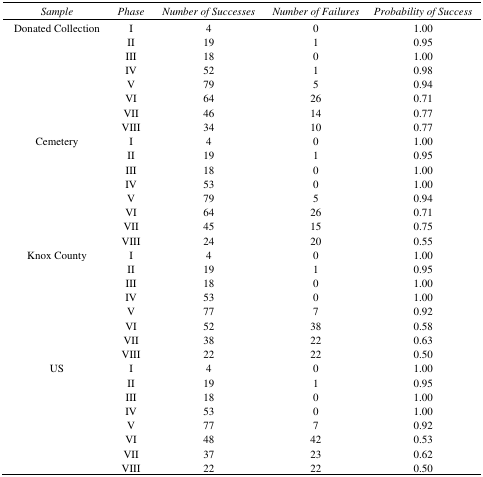
| Sample | Phase | Number of Successes | Number of Failures | Probability of Success |
 | --- | --- | --- | --- | --- |
 | Donated Collection | I | 4 | 0 | 1.00 |
 |  | II | 19 | 1 | 0.95 |
 |  | III | 18 | 0 | 1.00 |
 |  | IV | 52 | 1 | 0.98 |
 |  | V | 79 | 5 | 0.94 |
 |  | VI | 64 | 26 | 0.71 |
 |  | VII | 46 | 14 | 0.77 |
 |  | VIII | 34 | 10 | 0.77 |
 | Cemetery | I | 4 | 0 | 1.00 |
 |  | II | 19 | 1 | 0.95 |
 |  | III | 18 | 0 | 1.00 |
 |  | IV | 53 | 0 | 1.00 |
 |  | V | 79 | 5 | 0.94 |
 |  | VI | 64 | 26 | 0.71 |
 |  | VII | 45 | 15 | 0.75 |
 |  | VIII | 24 | 20 | 0.55 |
 | Knox County | I | 4 | 0 | 1.00 |
 |  | II | 19 | 1 | 0.95 |
 |  | III | 18 | 0 | 1.00 |
 |  | IV | 53 | 0 | 1.00 |
 |  | V | 77 | 7 | 0.92 |
 |  | VI | 52 | 38 | 0.58 |
 |  | VII | 38 | 22 | 0.63 |
 |  | VIII | 22 | 22 | 0.50 |
 | US | I | 4 | 0 | 1.00 |
 |  | II | 19 | 1 | 0.95 |
 |  | III | 18 | 0 | 1.00 |
 |  | IV | 53 | 0 | 1.00 |
 |  | V | 77 | 7 | 0.92 |
 |  | VI | 48 | 42 | 0.53 |
 |  | VII | 37 | 23 | 0.62 |
 |  | VIII | 22 | 22 | 0.50 |